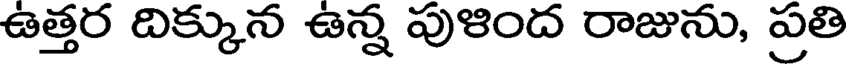
ఉత్తర దిక్కున ఉన్న పుళింద రాజును, ప్రతి